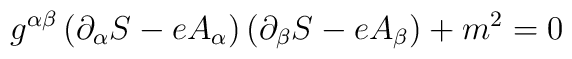
g^{\alpha \beta }\left( \partial _{\alpha }S-eA_{\alpha }\right) \left(\partial _{\beta }S-eA_{\beta }\right) +m^{2}=0